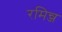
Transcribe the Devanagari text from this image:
रमिन्ज